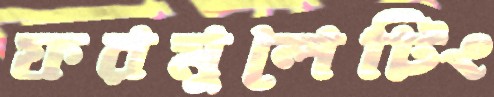
ফরমুলেটিং